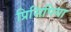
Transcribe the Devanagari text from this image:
प्रिसिपिया